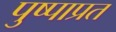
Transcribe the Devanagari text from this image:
पुष्पाप्रत